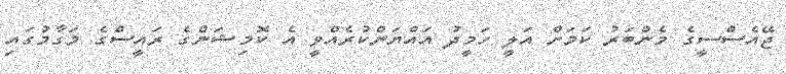
ޖޭއެސްސީގެ މެންބަރު ކަމަށް އަލީ ހަމީދު އައްޔަންކުރެއްވީ އެ ކޮމިޝަންގެ ރައީސްގެ މަގާމުގައި